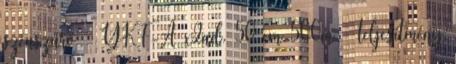
szénszűrő YKF-A x2ad. 50 cm 500m ³ teljesítmény